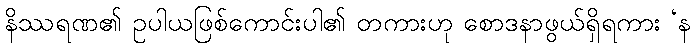
နိဿရဏ၏ ဥပါယဖြစ်ကောင်းပါ၏ တကားဟု စောဒနာဖွယ်ရှိရကား ‘န